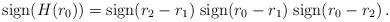
LaTeX: \begin{align*} \mathrm{sign} (H(r_0)) = \mathrm{sign}(r_2-r_1) \;\mathrm{sign}(r_0-r_1) \; \mathrm{sign}(r_0-r_2) \,.\end{align*}